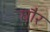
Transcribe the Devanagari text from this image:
घौर